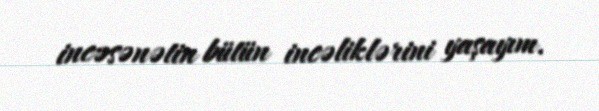
incəsənətin bütün incəliklərini yaşayım.